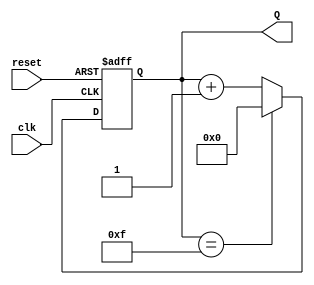
module binary_up_counter #(parameter N = 4) (
    input wire clk,            // Clock input
    input wire reset,          // Asynchronous reset input
    output reg [N-1:0] Q       // N-bit output count
);

// Always block triggered on the rising edge of the clock or when reset is asserted
always @(posedge clk or posedge reset) begin
    if (reset) begin
        Q <= 0;               // Reset the counter to 0
    end else begin
        if (Q == (2**N - 1)) begin
            Q <= 0;           // Wrap around to 0 if maximum value is reached
        end else begin
            Q <= Q + 1;       // Increment the counter by 1
        end
    end
end

endmodule